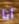
أنا